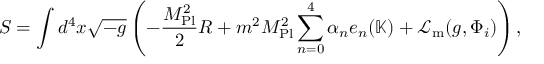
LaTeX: S = \int d ^ { 4 } x { \sqrt { - g } } \left( - { \frac { M _ { \mathrm { P l } } ^ { 2 } } { 2 } } R + m ^ { 2 } M _ { \mathrm { P l } } ^ { 2 } \displaystyle \sum _ { n = 0 } ^ { 4 } \alpha _ { n } e _ { n } ( \mathbb { K } ) + { \mathcal { L } } _ { \mathrm { m } } ( g , \Phi _ { i } ) \right) ,